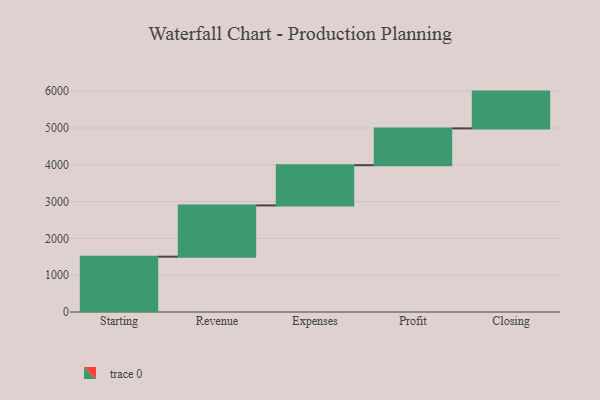
{"axis": {"x": "Step", "y": "Value"}, "legend": [""], "data": [{"x": "Starting", "y": 1504.0, "type": ""}, {"x": "Revenue", "y": 1392.0, "type": ""}, {"x": "Expenses", "y": 1093.0, "type": ""}, {"x": "Profit", "y": 1000, "type": ""}, {"x": "Closing", "y": 1000, "type": ""}]}